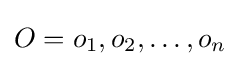
O=o_{1},o_{2},\dots ,o_{n}